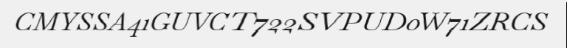
CMYSSA41GUVCT722SVPUD0W71ZRCS